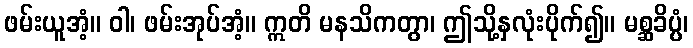
ဖမ်းယူအံ့။ ဝါ၊ ဖမ်းအုပ်အံ့။ ဣတိ မနသိကတွာ၊ ဤသို့နှလုံးပိုက်၍။ မစ္ဆခိပ္ပံ၊